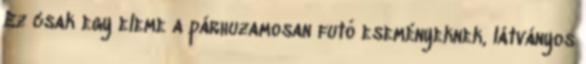
Ez csak egy eleme a párhuzamosan futó eseményeknek, látványos